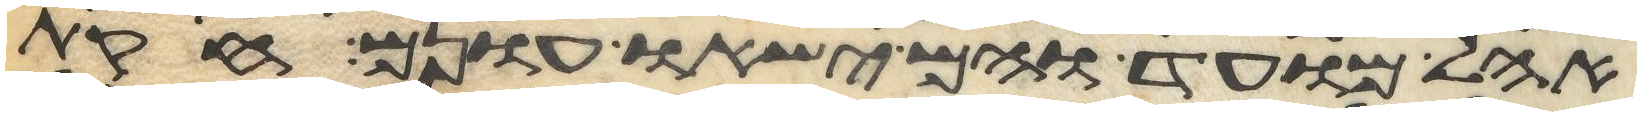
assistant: אהל מועד והם ישאו עונם חקות